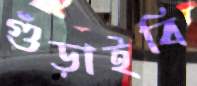
গুঁড়াইবি